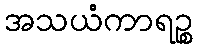
အသယံကာရဉ္စ